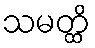
သမတ္ထိ